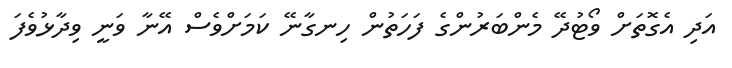
އަދި އެގޮތަށް ވޯޓުދޭ މެންބަރުންގެ ފަހަތުން ހިނގާނޭ ކަމަށްވެސް އޭނާ ވަނީ ވިދާޅުވެފަ